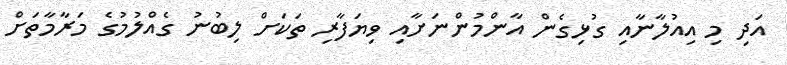
އަދި މި އިއުލާނާއި ގުޅިގެން އާންމުންނަށާއި ވިޔަފާރި ތަކަށް ލިބުނު ގެއްލުމުގެ މަރާމާތަށް